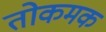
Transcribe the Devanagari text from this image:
तोकमक